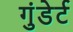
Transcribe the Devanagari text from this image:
गुंडेर्ट